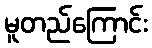
မူတည်ကြောင်း